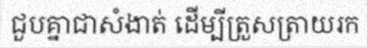
ជួបគ្នាជាសំងាត់ ដើម្បីត្រួសត្រាយរក